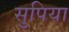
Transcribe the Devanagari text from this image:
सुपिया